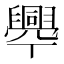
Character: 𦦡